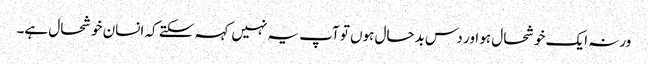
ورنہ ایک خوشحال ہو اور دس بدحال ہوں تو آپ یہ نہیں کہہ سکتے کہ انسان خوشحال ہے۔